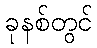
ခုနစ်တွင်